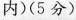
内)(5分)